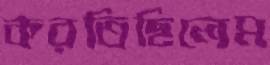
করতিছিলেম